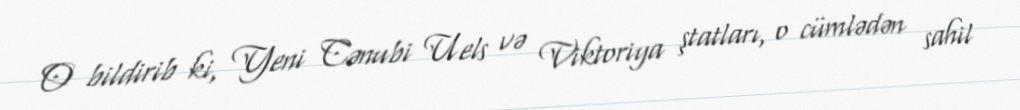
O bildirib ki, Yeni Cənubi Uels və Viktoriya ştatları, o cümlədən sahil